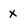
Character: x